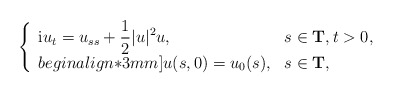
\begin{align*}\left\{\begin{array}{ll}\displaystyle{\rm i}u_{t}=u_{ss}+\frac{1}{2}\lvert u\rvert^{2}u, & s\in \mathbf{T},t>0, \\begin{align*}3mm]u(s,0)=u_{0}(s), & s\in \mathbf{T},\end{array}\right.\end{align*}